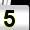
Digit: 5